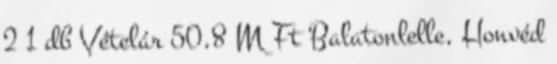
2 1 db Vételár 50,8 M Ft Balatonlelle, Honvéd